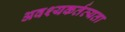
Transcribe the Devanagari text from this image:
अवश्यकर्तव्यता